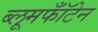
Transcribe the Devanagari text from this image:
ब्लूमफॉँटेन